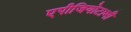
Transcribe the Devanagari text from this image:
एपीजियोटामी